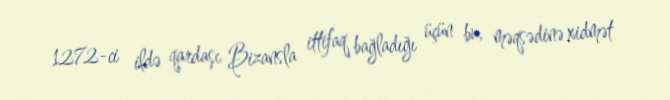
1272-ci ildə qardaşı Bizansla ittifaq bağladığı üçün bu, məqsədinə xidmət